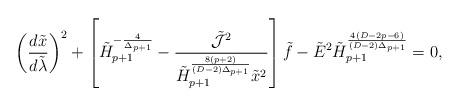
LaTeX: \begin{align*}\left({{d\tilde{x}}\over{d\tilde{\lambda}}}\right)^2+\left[\tilde{H}^{-{4\over{\Delta_{p+1}}}}_{p+1}-{\tilde{\cal J}^2\over{\tilde{H}^{{8(p+2)}\over{(D-2)\Delta_{p+1}}}_{p+1}\tilde{x}^2}}\right]\tilde{f}-\tilde{E}^2\tilde{H}^{{4(D-2p-6)}\over{(D-2)\Delta_{p+1}}}_{p+1}=0,\end{align*}